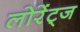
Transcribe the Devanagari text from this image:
लोरेंट्ज